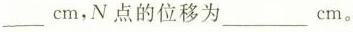
___cm，N点的位移为___cm。